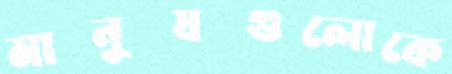
মানুষগুলোকে